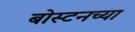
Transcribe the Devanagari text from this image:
बोस्टनच्या